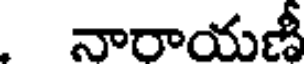
నారాయణీ